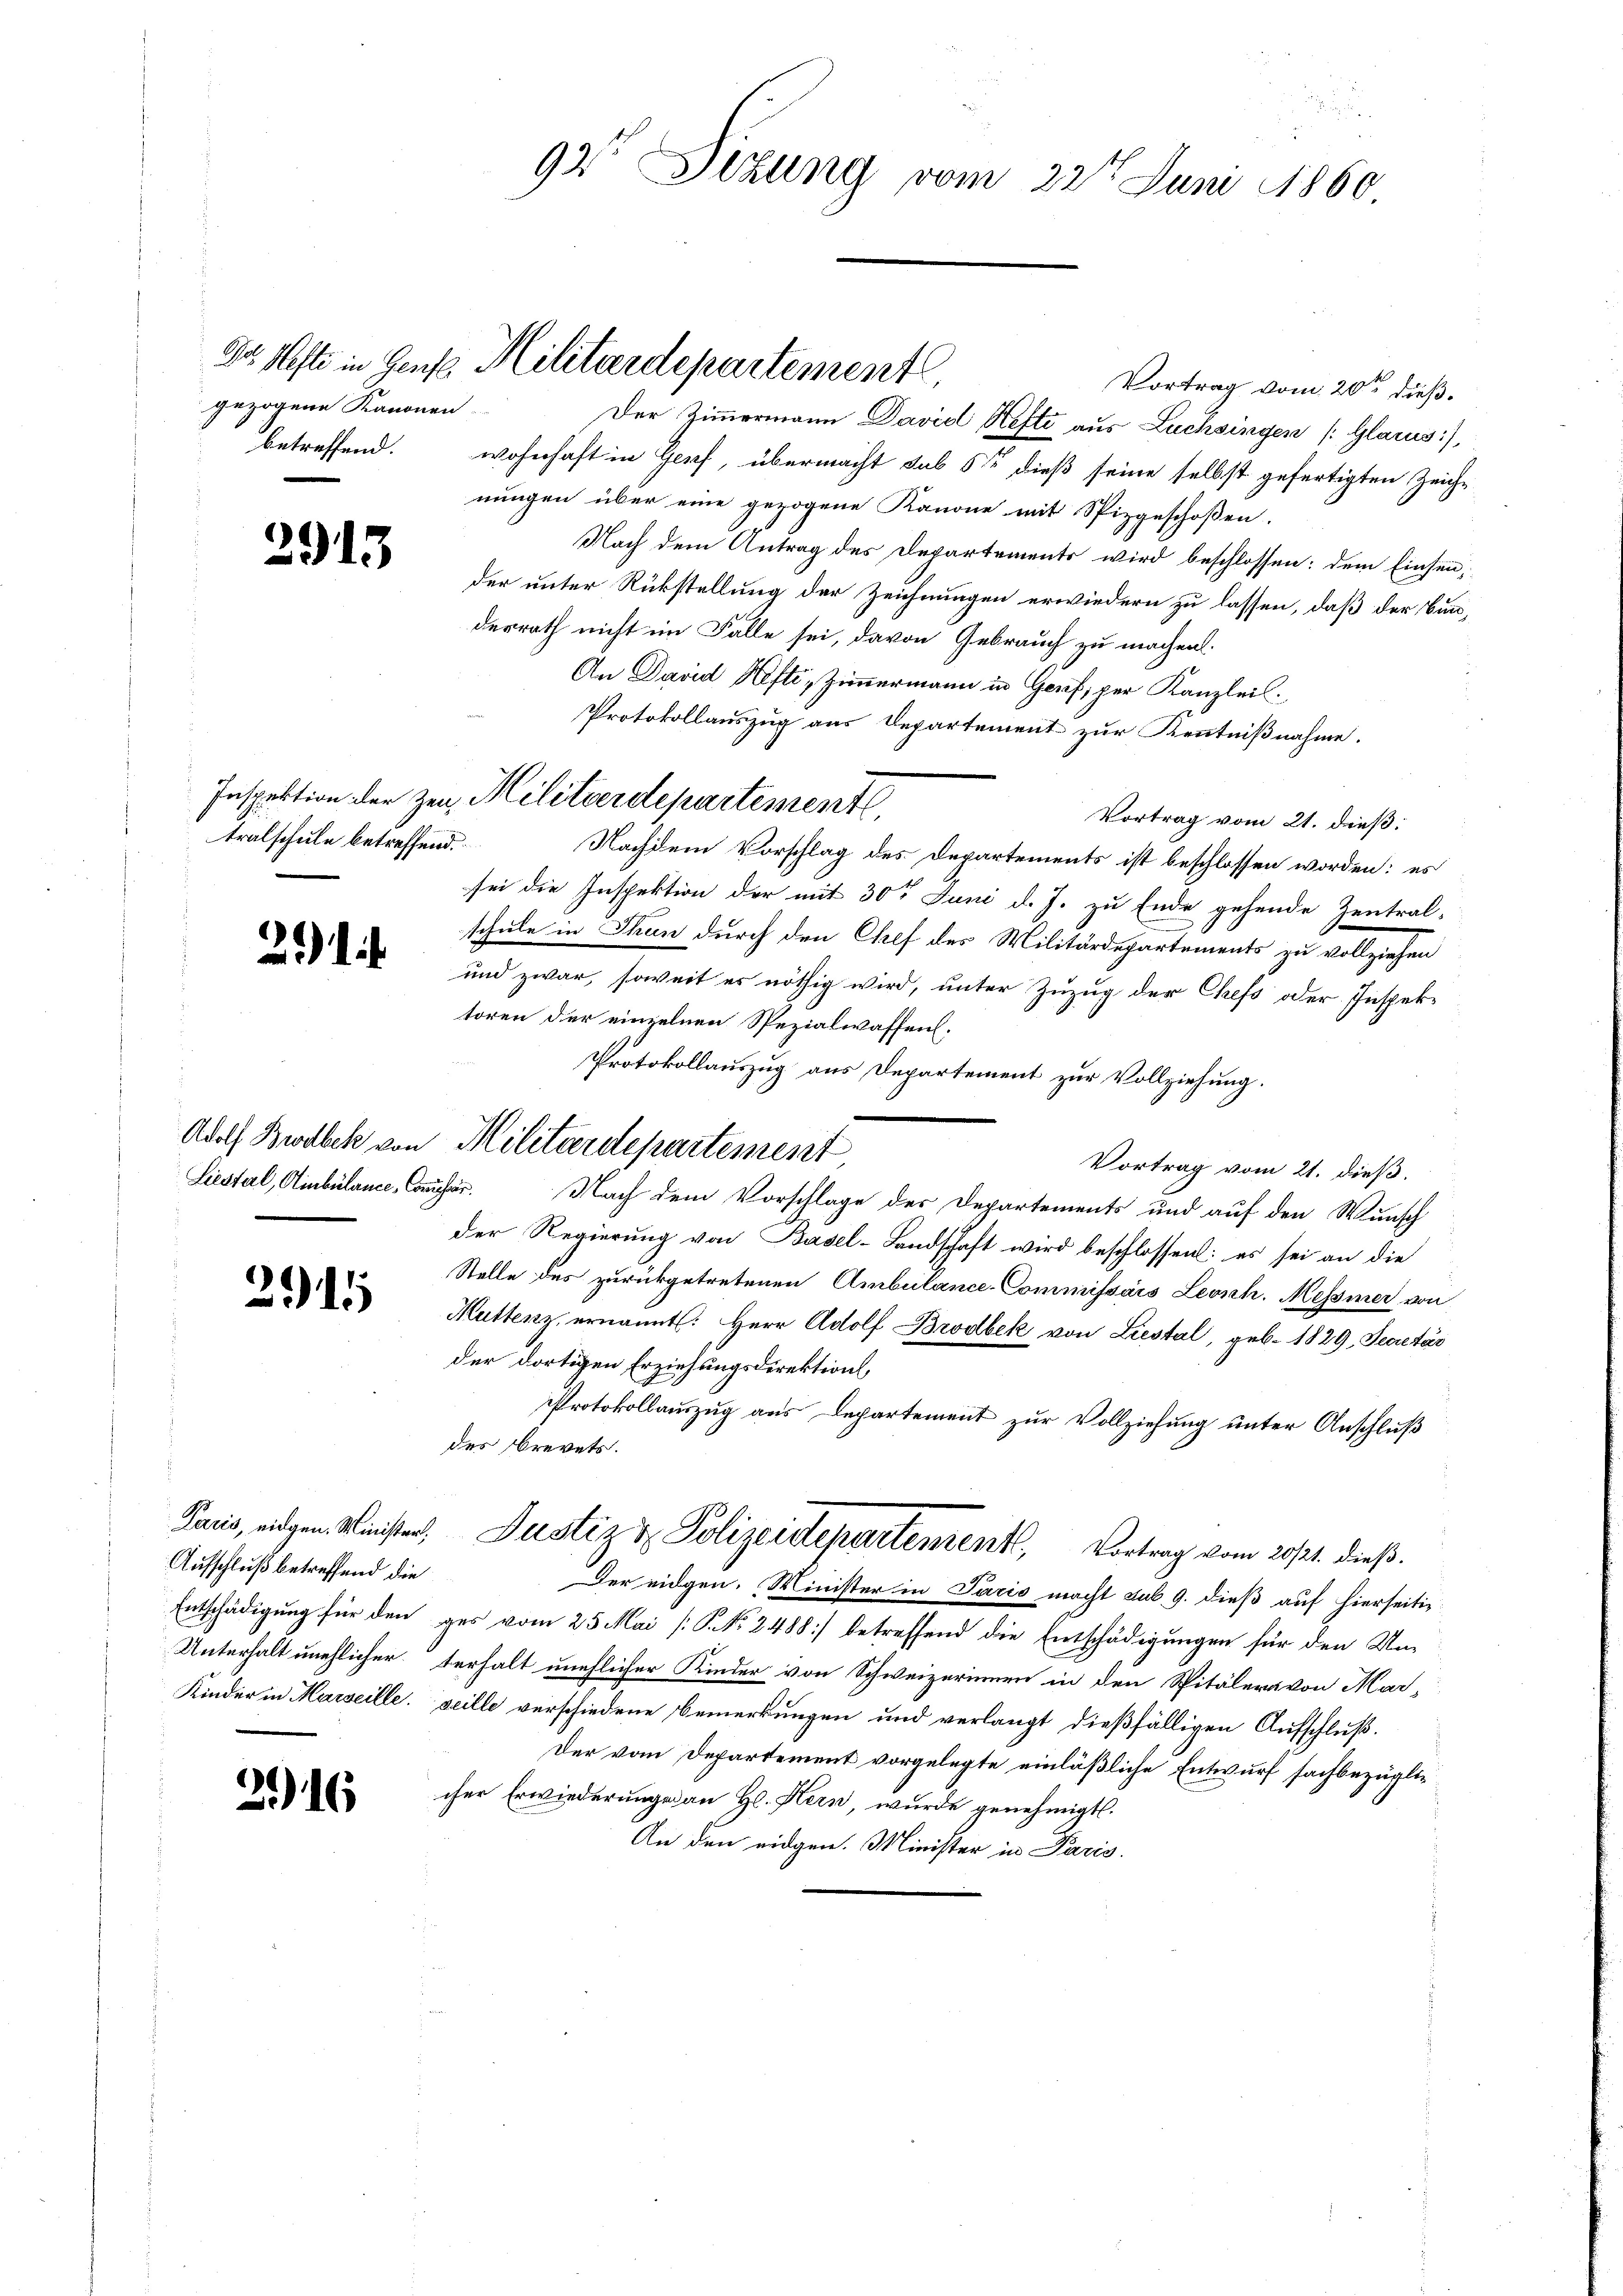
gezogene Kanonen-
betreffend.

n

2915

tralschule betreffend.

2)

Adolf Brodbek von
Liestal, Ainbülance, Cop.

2915

Paris, eidgen. Minister,
Aufschluß betreffend die
Entschädigung für den
Unterhalt unehlicher
Kinder in Marseille.

6

92t Sizung vom 22t Juni 1860

Vortrag vom 20ten dieß.
Der Zimmermann David Hefte aus Lachsingen (Glarus),
wohnhaft in Genf, übermacht sub 5t dieß seine selbst gefertigten Zeichnungen über eine gezogene Kanone mit Spizgeschoßen.
Nach dem Antrag des Departements wird beschlossen: dem Einsender unter Rückstellung der Zeichnungen erwiedern zu lassen, daß der Bunderrath nicht im Falle sei, davon Gebrauch zu machen.
An David Hefti, Zimmermann in Genf, per Kanzleil
Protokollauszug aus Departement zur Kenntnißnahme.
Vortrag vom 21. dieß:
Nachdem Vorschlag des Departements ist beschlossen worden: es
sei die Inspektion der mit 30t Juni d. J. zu Ende gehende Zentral-
schule in Thun durch den Chef des Militärdepartements zu vollziehen
und zwar, soweit es nöthig wird, unter Zuzug der Chefs oder Inspektoren der einzelnen Spezialwaffen.
Protokollauszug aus Departement zur Vollziehung.
Militärdepartement
Vortrag vom 21. dieß.
haer
Nach dem Vorschlage des Departements und auf den Wunsch
der Regierung von Basel-Landschaft wird beschlossen: es sei an die
Stelle des zurückgetretenen Ambulance Commissärs Leonh. Messiner von
Muttenz ernannt: Herr Adolf Brodbek von Liestal, geb. 1829, Secretär
der dortigen Erziehungsdirektion
PProtokollauszug aus Departement zur Vollziehung unter Anschluß
des Brevets.
Justiz & Polizeidepartement. Vortrag vom 20./21. dieß.
Der eidgen. Minister in Paris macht sub. 9. dieß auf hierseiti-
ges vom 25. Mai [S. No. 2488) betreffend die Entschädigungen für den Unterhalt unehlicher Kinder von Schweizerinnen in den Spitälern von Mar-
seille verschiedene Bemerkungen und verlangt dießfälligen Aufschluß.
Der vom Departement vorgelegte einläßliche Entwurf sachbezüglicher Erwiederungen an Hl. Kern wurde genehmigt.
An den eidgen. Minister in Paris.

Dr. Hefte in Genf Militärdepartement.

Inspektion der zu Militärdepartement